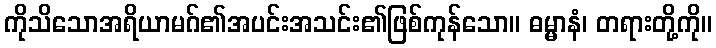
ကိုသိသောအရိယာမဂ်၏အပင်းအသင်း၏ဖြစ်ကုန်သော။ ဓမ္မာနံ၊ တရားတို့ကို။